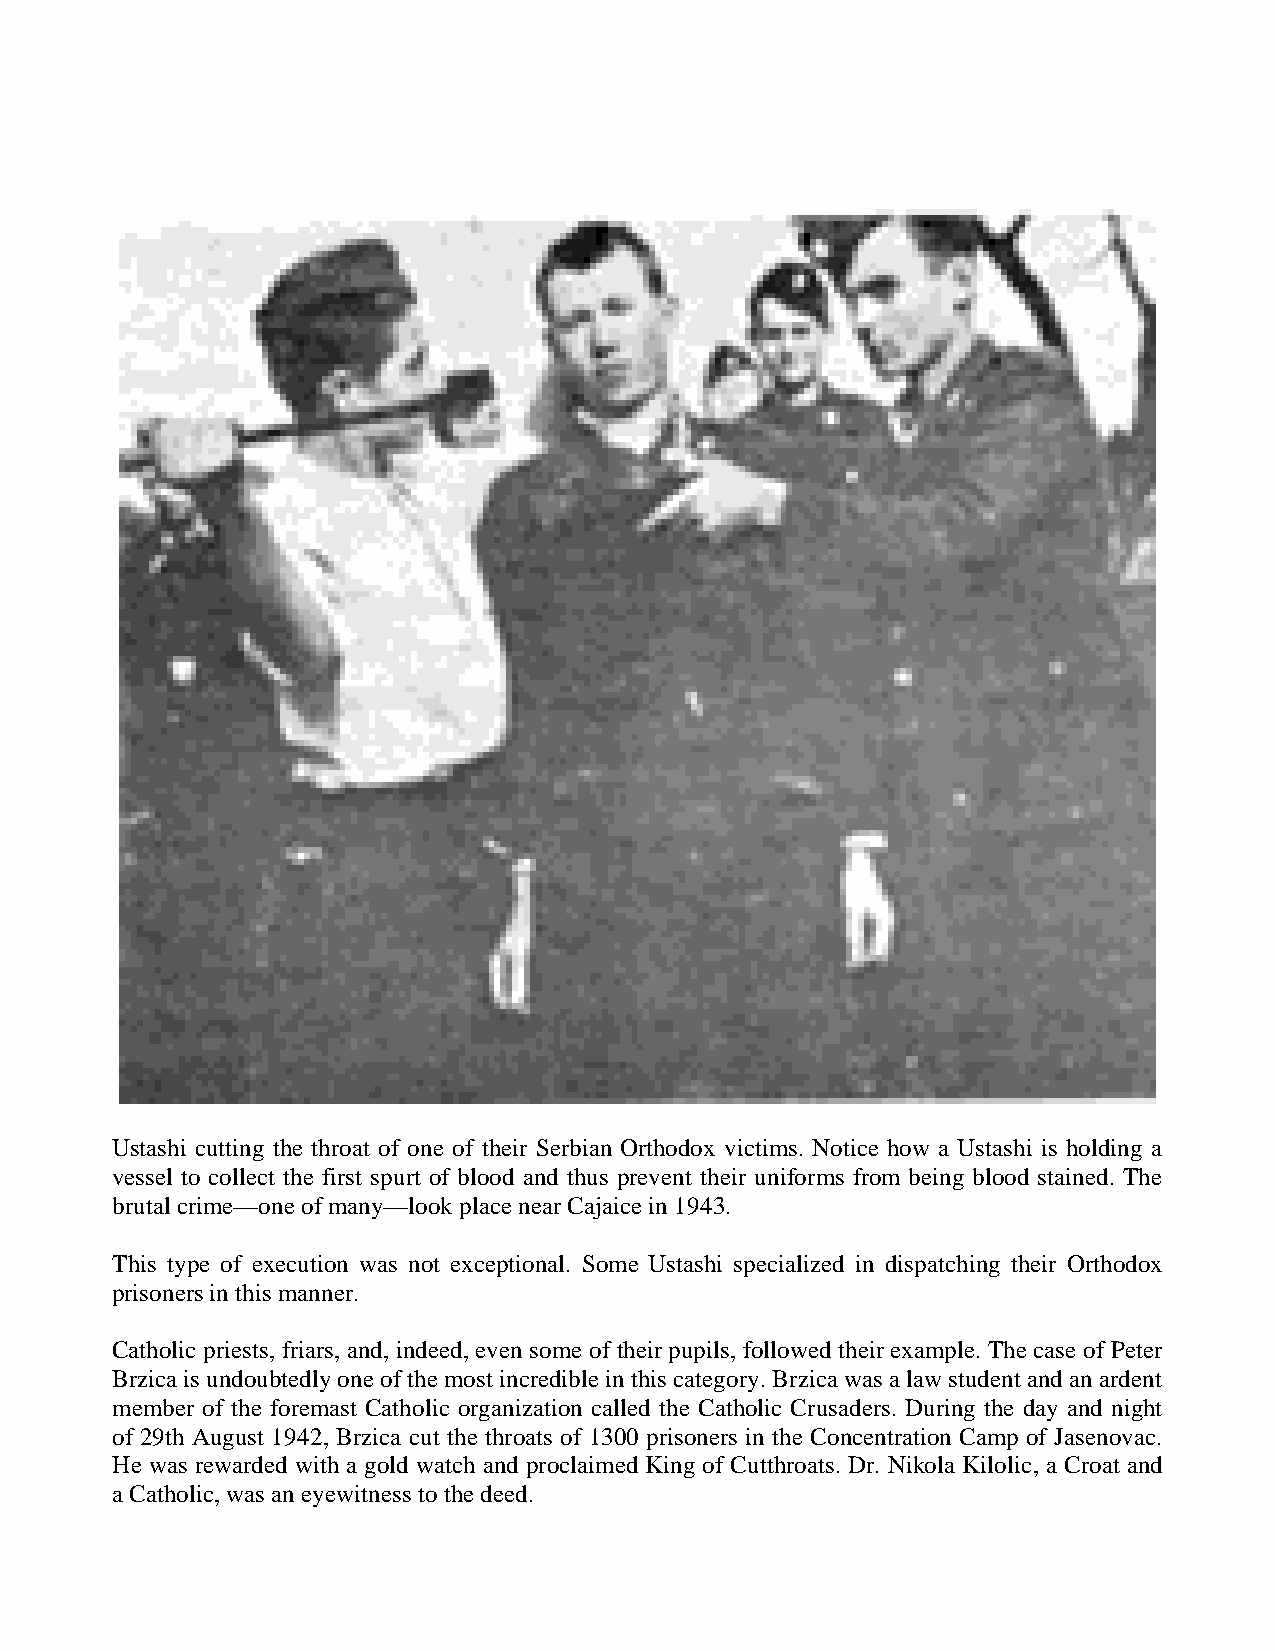
Ustashi cutting the throat of one of their Serbian Orthodox victims. Notice how a Ustashi is holding a
 vessel to collect the first spurt of blood and thus prevent their uniforms from being blood stained. The
 brutal crime—one of many—look place near Cajaice in 1943.
 This type of execution was not exceptional. Some Ustashi specialized in dispatching their Orthodox
 prisoners in this manner.
 Catholic priests, friars, and, indeed, even some of their pupils, followed their example. The case of Peter
 Brzica is undoubtedly one of the most incredible in this category. Brzica was a law student and an ardent
 member of the foremast Catholic organization called the Catholic Crusaders. During the day and night
 of 29th August 1942, Brzica cut the throats of 1300 prisoners in the Concentration Camp of Jasenovac.
 He was rewarded with a gold watch and proclaimed King of Cutthroats. Dr. Nikola Kilolic, a Croat and
 a Catholic, was an eyewitness to the deed.